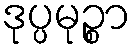
ဒုပ္ပမုဉ္စာ